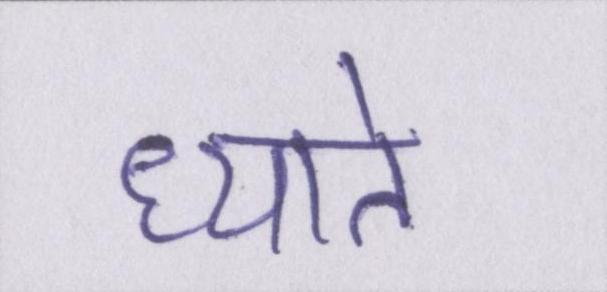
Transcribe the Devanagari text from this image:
ध्याते